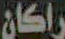
راكان